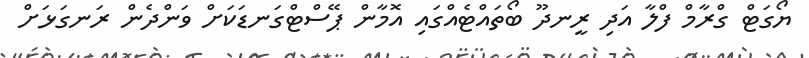
ޔޯގަޓް ގްރާމް ފްލާ އަދި ރީނދޫ ބޯތައްޓެއްގައި އޮމާން ޕޭސްޓްގަނޑަކަށް ވަންދެން ރަނގަޅަށް